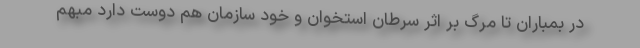
در بمباران تا مرگ بر اثر سرطان استخوان و خود سازمان هم دوست دارد مبهم